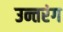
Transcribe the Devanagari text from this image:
उन्तरंग